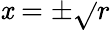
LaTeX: \mathit{x}=\pm{\sqrt{}{{r}}}